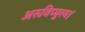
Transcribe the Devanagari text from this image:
अरुविप्पुरम।